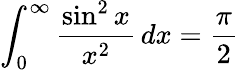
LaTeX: \int_{0}^{\infty}{\frac{\sin^{2}{x}}{x^{2}}}\, dx={\frac{\pi}{2}}